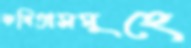
কবিতাসমূহে